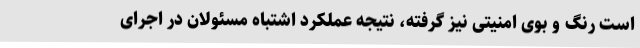
است رنگ و بوی امنیتی نیز گرفته، نتیجه عملکرد اشتباه مسئولان در اجرای